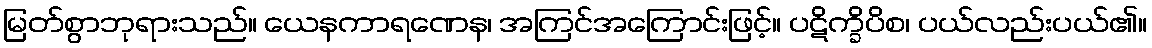
မြတ်စွာဘုရားသည်။ ယေနကာရဏေန၊ အကြင်အကြောင်းဖြင့်။ ပဋိက္ခိပိစ၊ ပယ်လည်းပယ်၏။